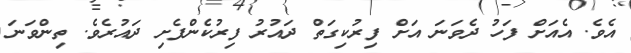
އެވެ. އެއަށް ފަހު ދެވަނަ އަށް ފިރުކިގަތް ދައުރު ފިރުކެންފެށި ދައުރެވެ. ތިންވަނަ